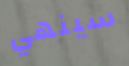
سينهي